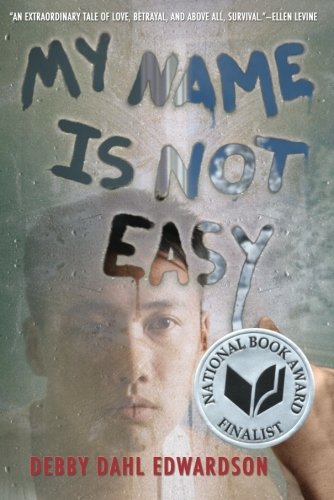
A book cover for My Name Is Not Easy; Debby Dahl Edwardson; Teen & Young Adult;